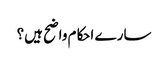
سارے احکام واضح ہیں؟